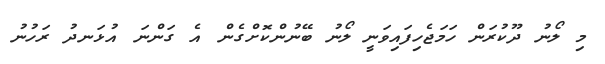
މި ލޯނު ދޫކުރަން ހަމަޖެހިފައިވަނީ ލޯނު ބޭނުންކޮށްގެން އެ ގަންނަ އުޅަނދު ރަހުނު